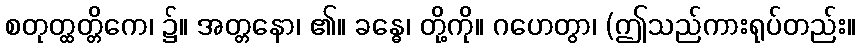
စတုတ္ထတ္တိကေ၊ ၌။ အတ္တနော၊ ၏။ ခန္ဓေ၊ တို့ကို။ ဂဟေတွာ၊ (ဤသည်ကားရုပ်တည်း။